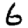
Digit: 6